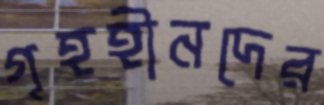
গৃহহীনদের